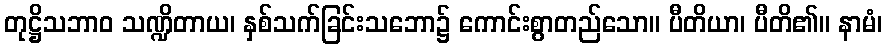
တုဋ္ဌိသဘာဝ သဏ္ဍိတာယ၊ နှစ်သက်ခြင်းသဘော၌ ကောင်းစွာတည်သော။ ပီတိယာ၊ ပီတိ၏။ နာမံ၊